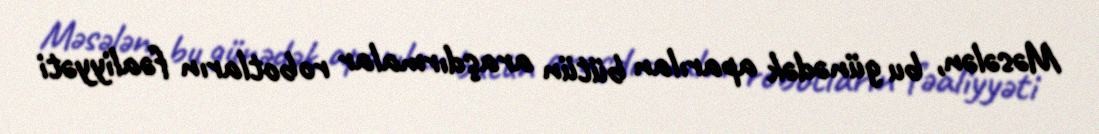
Məsələn, bu günədək aparılan bütün araşdırmalar robotların fəaliyyəti